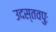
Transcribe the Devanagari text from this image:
उदस्तवपुः